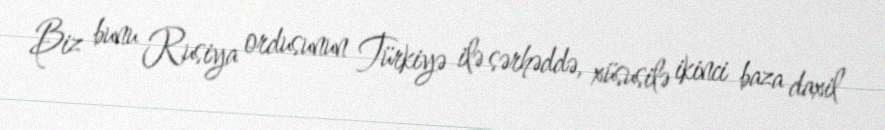
Biz bunu Rusiya ordusunun Türkiyə ilə sərhəddə, xüsusilə ikinci baza daxil